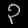
Digit: ၃